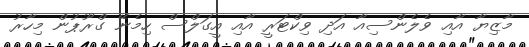
މާޒިޔާ އާއި ވެލެންސިއާ އަދި ވިކްޓަރީ އާއި އީގަލްސް ހިމެނޭ ގްރޫޕުން މިހާރު